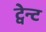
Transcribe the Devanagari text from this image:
ट्वेन्ट